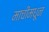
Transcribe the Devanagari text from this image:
माचीमधून